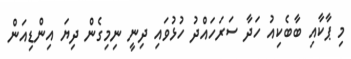
މި ޕާކާއި ބާބެކިއު ހަދާ ސަރަހައްދު ހުޅުވައި ދިނީ ނިމިގެން ދިޔަ އިންޑިއަން